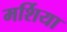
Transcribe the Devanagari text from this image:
मर्शिया